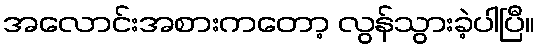
အလောင်းအစားကတော့ လွန်သွားခဲ့ပါပြီ။